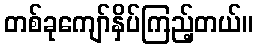
တစ်ခုကျော်နှိပ်ကြည့်တယ်။